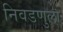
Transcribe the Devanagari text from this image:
निवडणुला